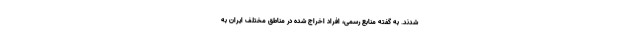
شدند. به گفته منابع رسمی، افراد اخراج شده در مناطق مختلف ایران به